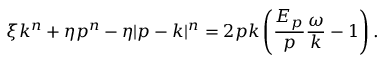
\xi k ^ { n } + \eta p ^ { n } - \eta | p - k | ^ { n } = 2 p k \left( \frac { E _ { p } } { p } \frac { \omega } { k } - 1 \right) .